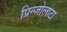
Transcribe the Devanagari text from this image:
प्रिन्जोलाटा